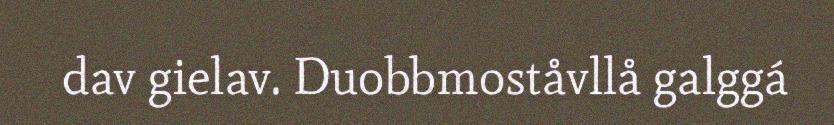
dav gielav. Duobbmoståvllå galggá